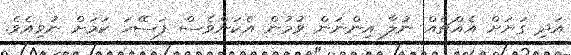
އަދި ގަޔަށް އެއްޗެއް ނުލާ އިންނަން ވުމުން އެކަންވެސް ފަސޭހަ ކަމަށް ނުވިއެވެ.